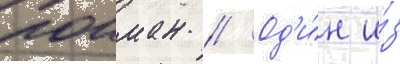
поиман // Од'и́н и́з